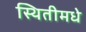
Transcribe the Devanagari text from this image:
स्थितीमधे